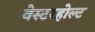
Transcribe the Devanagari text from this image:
वेस्टरहोल्ट